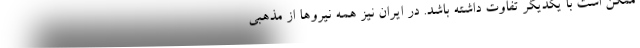
ممکن است با یکدیگر تفاوت داشته باشد. در ایران نیز همه نیروها از مذهبی